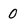
Character: 0